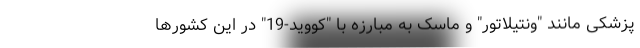
پزشکی مانند "ونتیلاتور" و ماسک به مبارزه با "کووید-19" در این کشورها